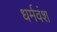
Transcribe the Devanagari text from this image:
धर्मवंश